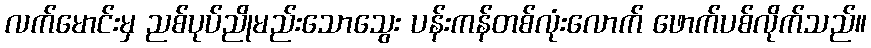
လက်မောင်းမှ ညစ်ပုပ်ညိုမည်းသောသွေး ပန်းကန်တစ်လုံးလောက် ဖောက်ပစ်လိုက်သည်။